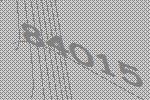
84015